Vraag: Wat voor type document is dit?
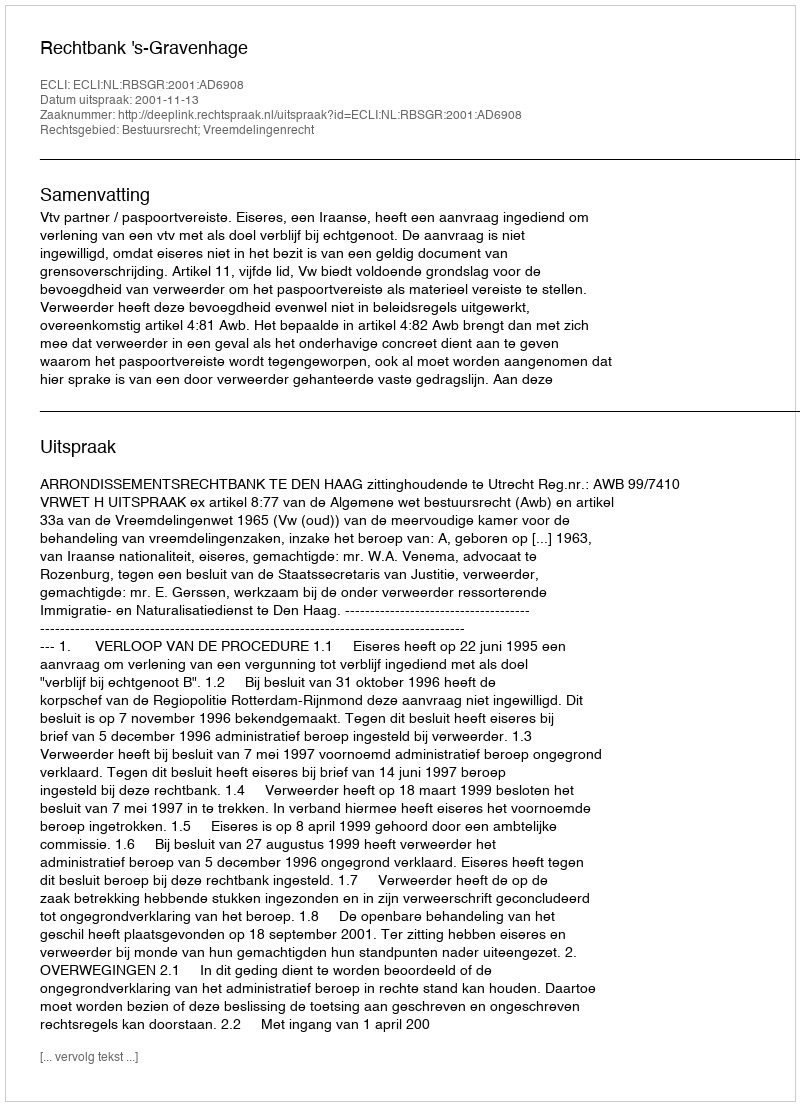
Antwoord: Uitspraak